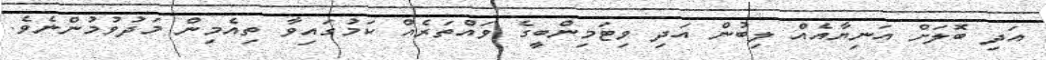
އަދި ބޮލަށް އަނިޔާއެއް ލިބުން އަދި ވިޓަމިންބީގެ ވައްތަރެއް ކަމުގައިވާ ތިއެމިން މަދުވުމުންނެވެ.